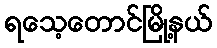
ရသေ့တောင်မြို့နယ်